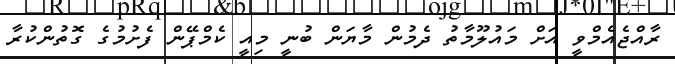
ރާއްޖެއެމްވީ އަށް މައުލޫމާތު ދެމުން މާޔަން ބުނީ މިއީ ކެމްޕޭން ފެށުމުގެ ގޮތުންކުރާ